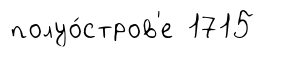
полуо́стров'е 1715